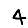
Digit: 4